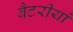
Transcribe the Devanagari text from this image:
बैटरीयां